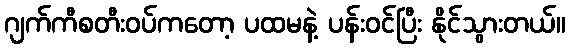
ဂျက်ကီစတီးဝပ်ကတော့ ပထမနဲ့ ပန်းဝင်ပြီး နိုင်သွားတယ်။